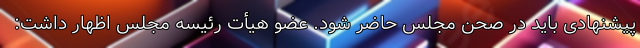
پیشنهادی باید در صحن مجلس حاضر شود. عضو هیأت رئیسه مجلس اظهار داشت: